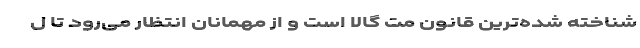
شناخته شده‌ترین قانون مت گالا است و از مهمانان انتظار می‌رود تا ل